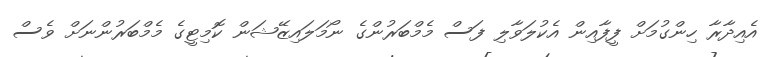
އެއިދާރާ ހިންގުމަށް ފީފާއިން އެކުލަވާލި ފަސް މެމްބަރުންގެ ނޯމަލައިޒޭޝަން ކޮމިޓީގެ މެމްބަރުންނަށް ވެސް